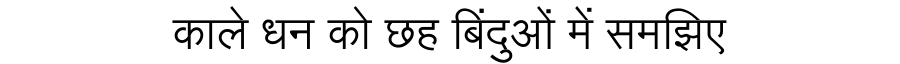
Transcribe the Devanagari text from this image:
काले धन को छह बिंदुओं में समझिए